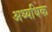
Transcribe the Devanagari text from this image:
अथ्यधिक